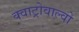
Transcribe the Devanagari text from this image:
क्वाट्रोवाल्वो